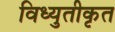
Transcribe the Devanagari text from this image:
विध्युतीकृत